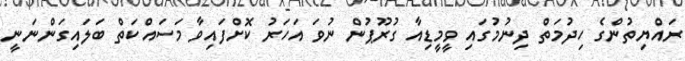
ރައްޔިތުންގެ ހިދުމަތް ދިނުމުގައި ވީމީޑިއާ ގުރޫޕުން ނުވަ އަހަރު ކޮށްފައިވާ މަސައްކަތް ބަލައިގަންނަނީ